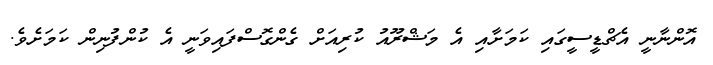
އޮންނާނީ އެޗްޑީސީގައި ކަމަށާއި އެ މަޝްރޫއު ކުރިއަށް ގެންގޮސްފައިވަނީ އެ ކުންފުނިން ކަމަށެވެ.